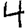
Digit: 4